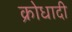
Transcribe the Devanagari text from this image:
क्रोधादी